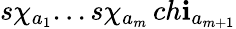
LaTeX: s\chi_{a_{1}}...s\chi_{a_{m}}\, ch\mathbf{i}_{a_{m+1}}